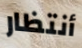
أنتظار